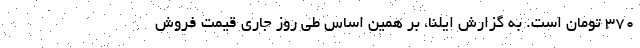
۳۷۰ تومان است. به گزارش ایلنا، بر همین‌ اساس طی روز جاری قیمت فروش